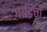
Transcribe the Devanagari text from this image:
गाडिचा